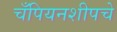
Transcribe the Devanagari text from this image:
चँपियनशीपचे